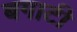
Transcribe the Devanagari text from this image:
बगाटी